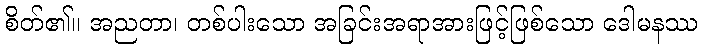
စိတ်၏။ အညတာ၊ တစ်ပါးသော အခြင်းအရာအားဖြင့်ဖြစ်သော ဒေါမနဿ